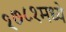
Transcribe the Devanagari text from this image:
१७८१मध्ये